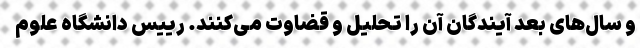
و سال‌های بعد آیندگان آن را تحلیل و قضاوت می‌کنند. رییس دانشگاه علوم